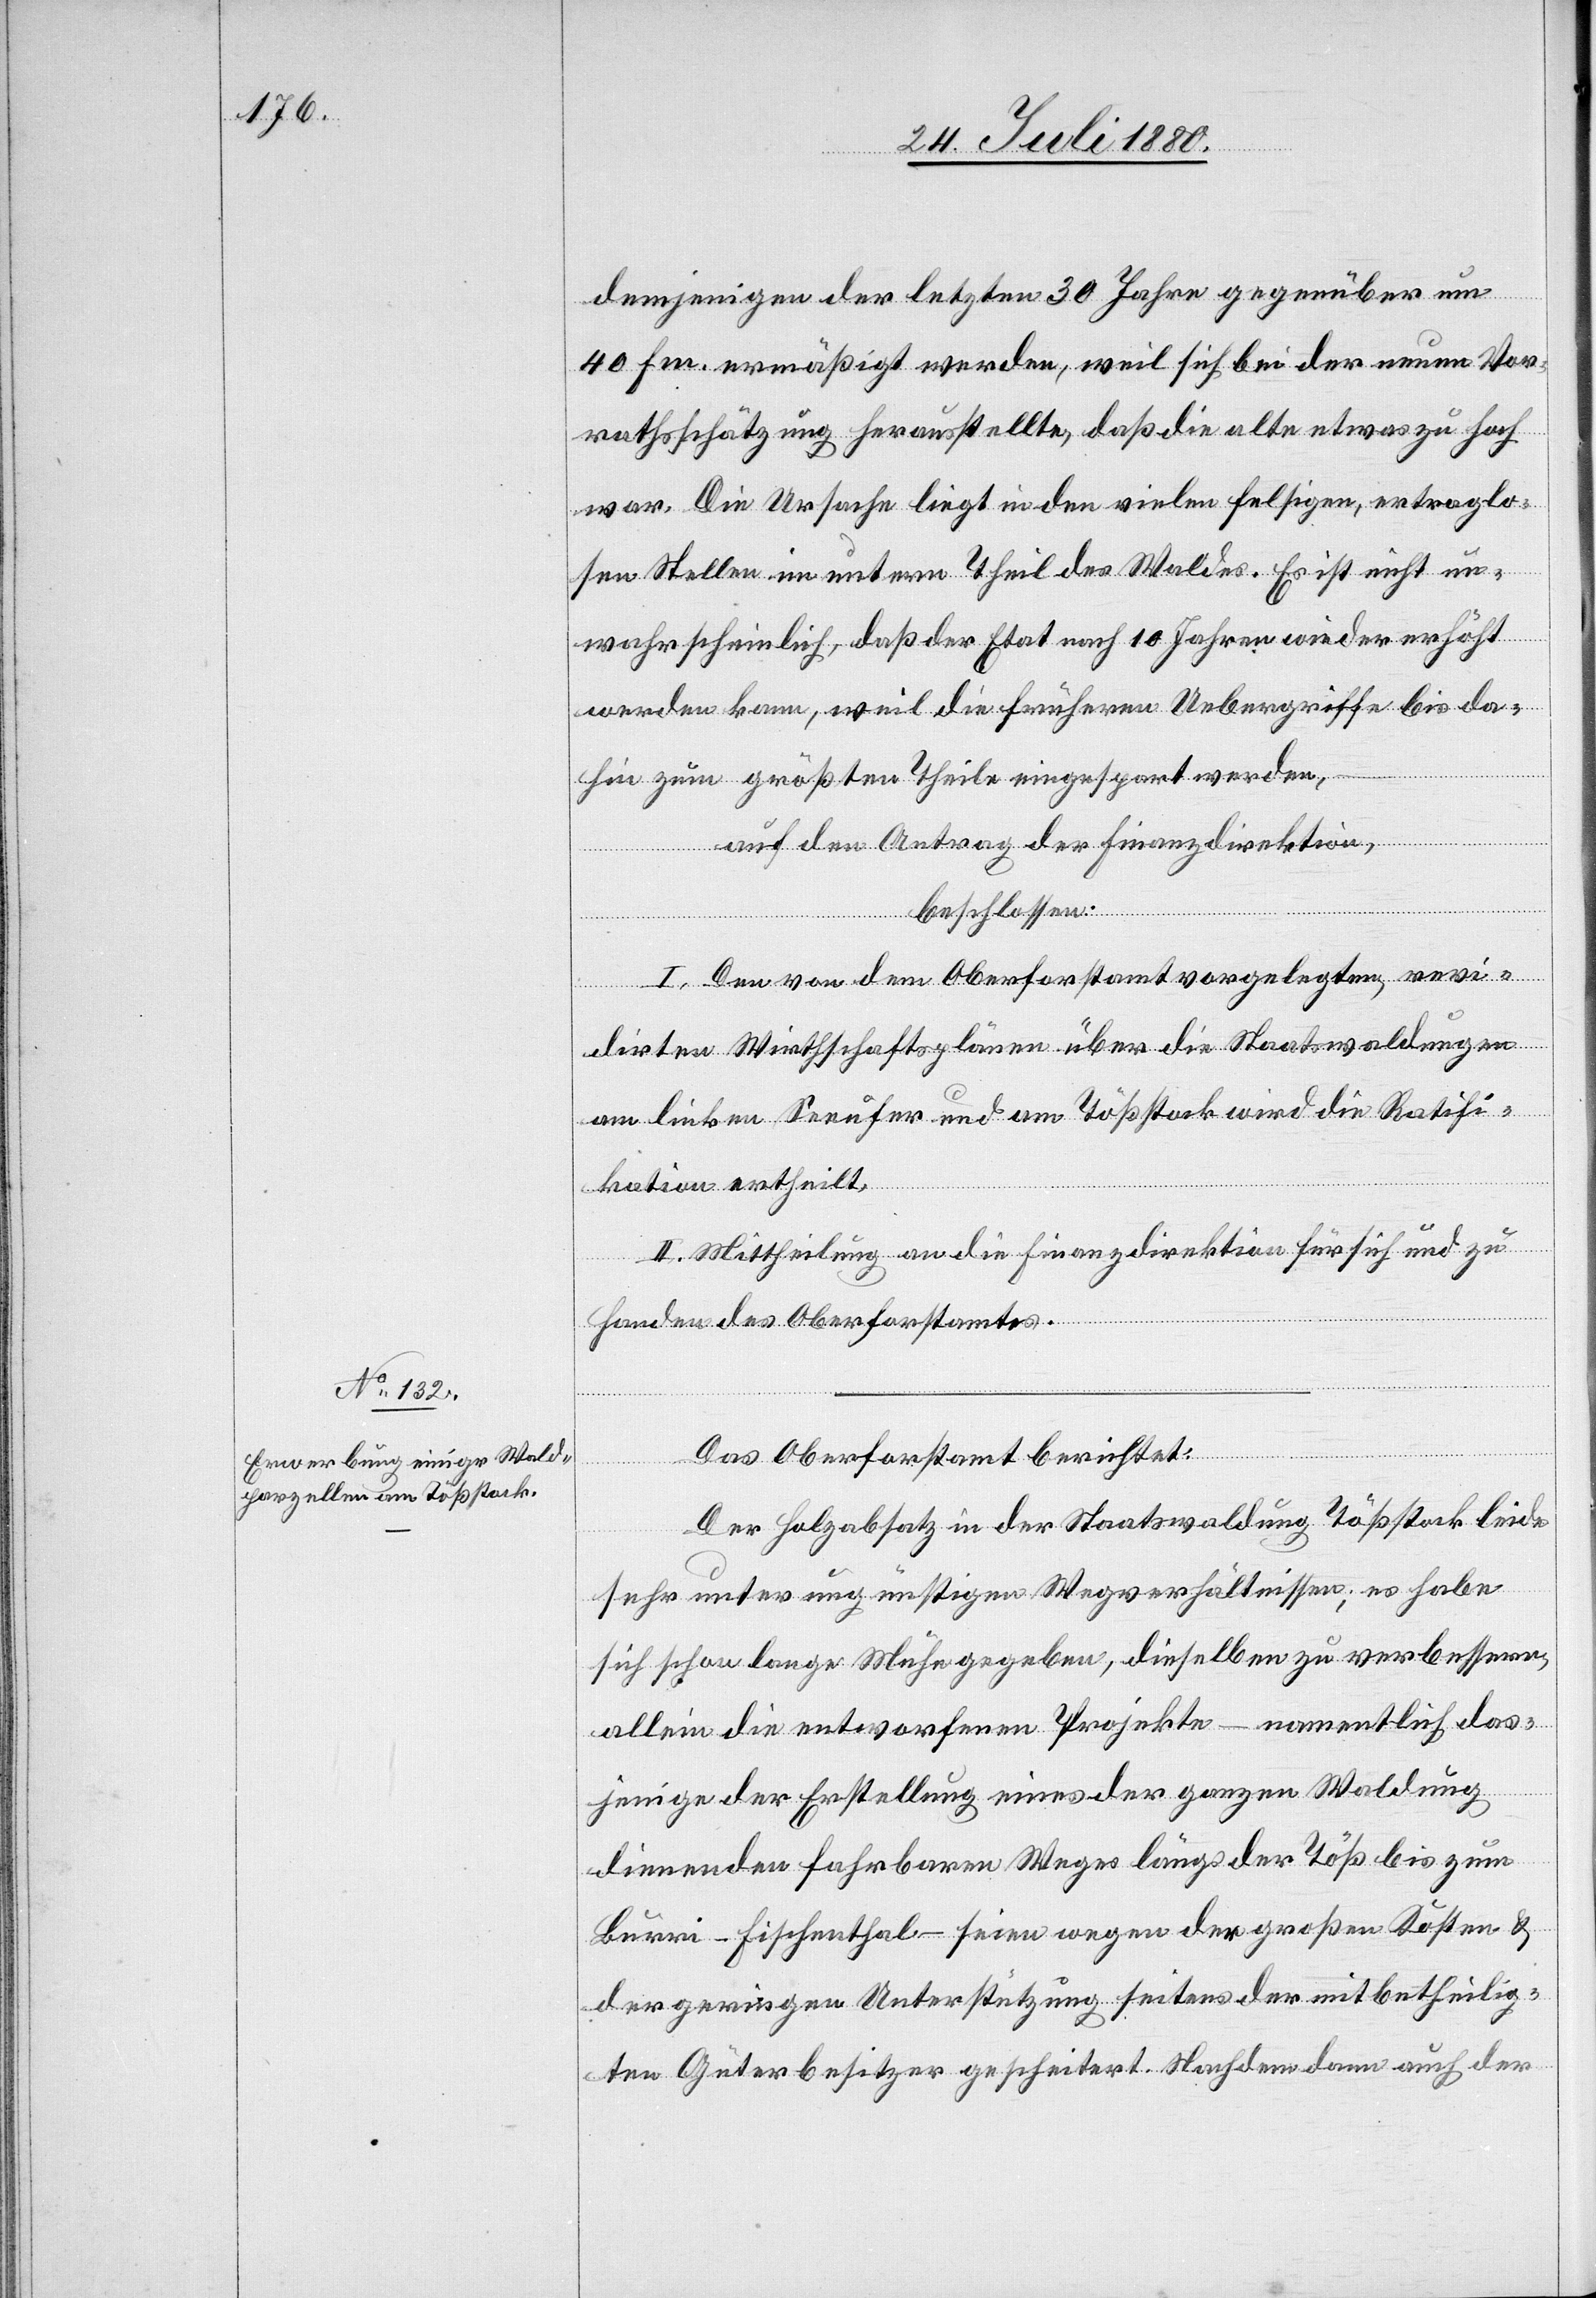
demjenigen der letzten 30 Jahre gegenüber um
40 fm. ermäßigt werden, weil sich bei der neuen Vor¬
rathsschätzung herausstellte, daß die alte etwas zu hoch
war. Die Ursache liegt in den vielen felsigen, ertraglo¬
sen Stellen im untern Theil des Waldes. Es ist nicht un¬
wahrscheinlich, daß der Etat nach 10 Jahren wieder erlöst
werden kann, weil die früheren Uebergriffe bis da¬
hin zum größten Theile eingespart werden,
auf den Antrag der Finanzdirektion,
beschlossen:
I. Den von dem Oberforstamt vorgelegten, revi¬
dirten Wirthschaftsplänen über die Staatswaldungen
am linken Seeufer und am Tößstock wird die Ratifi¬
kation ertheilt.
II. Mittheilung an die Finanzdirektion für sich und zu
Handen des Oberforstamtes.
Das Oberforstamt berichtet:
Der Holzabsatz in der Staatswaldung Tößstock leide
sehr unter ungünstigen Wegverhältnissen; es habe
sich schon lange Mühe gegeben, dieselben zu verbessern,
allein die entworfenen Projekte – namentlich das¬
jenige der Erstellung eines der ganzen Waldung
dienenden fahrbahren Weges längs der Töß bis zum
Burri - Fischenthal – seien wegen der großen Kosten &
der geringen Unterstützung seitens der mit betheilig¬
ten Güterbesitzer gescheitert. Nachdem dann auch der